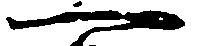
一